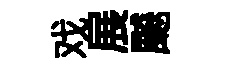
戏展飇